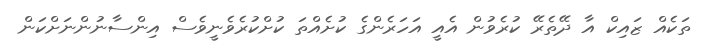
ތަކެއް ޒައިކް އާ ދޭތެރޭ ކުރެވުން އެއީ އަހަރެންގެ ކުށެއްތަ ކުށްކުރެވެނީވެސް އިންސާނުންނަށްކަން